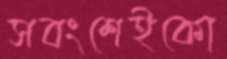
সবংশেইকো